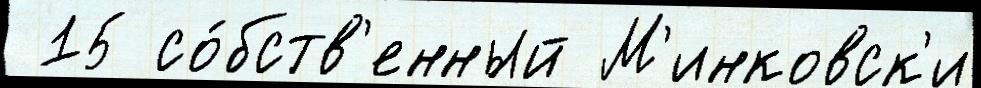
 15 со́бств'енный М'инковск'и